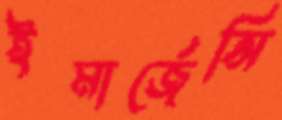
ইমার্জেন্সি